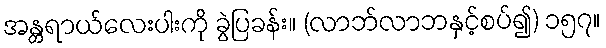
အန္တရာယ်လေးပါးကို ခွဲပြခန်း။ (လာဘ်လာဘနှင့်စပ်၍) ၁၅၇။